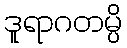
ဒူရာဂတမ္ပိ